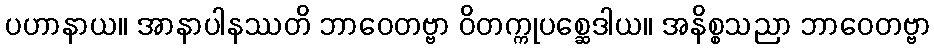
ပဟာနာယ။ အာနာပါနဿတိ ဘာဝေတဗ္ဗာ ဝိတက္ကုပစ္ဆေဒါယ။ အနိစ္စသညာ ဘာဝေတဗ္ဗာ